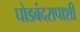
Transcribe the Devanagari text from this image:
घोडबंदरापाशी